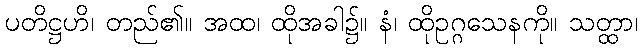
ပတိဋ္ဌဟိ၊ တည်၏။ အထ၊ ထိုအခါ၌။ နံ၊ ထိုဥဂ္ဂသေနကို။ သတ္ထာ၊